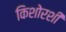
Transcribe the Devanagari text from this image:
किशोरशी